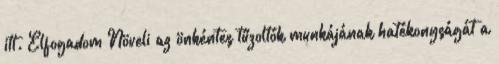
itt. Elfogadom Növeli az önkéntes tűzoltók munkájának hatékonyságát a